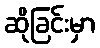
ဆိုခြင်းမှာ